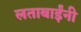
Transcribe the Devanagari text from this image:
लताबाईंनी